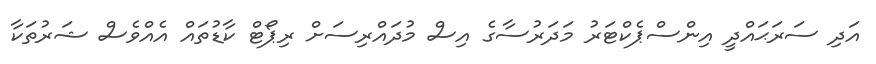
އަދި ސަރަޙައްދީ އިންސްޕެކްޓަރު މަދަރުސާގެ އިސް މުދައްރިސަށް ރިޕޯޓް ކާޑުތައް އެއްވެސް ޝަރުތަކާ